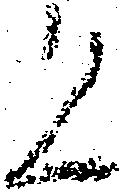
恐